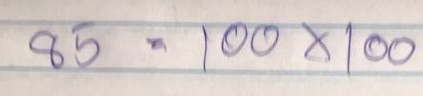
85 = 100x100